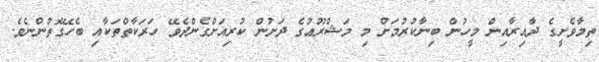
ތިމާވެށީގެ ދާއިރާއިން މީހުން ބިނާކުރުމަށް މި މަޝްރޫޢުގެ ދަށުން ކުރިއަށްގެންދެވޭ ހަރަކާތްތަކާއި ބެހޭގޮތުންނެވެ.